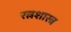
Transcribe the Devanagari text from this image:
रत्नशास्त्र